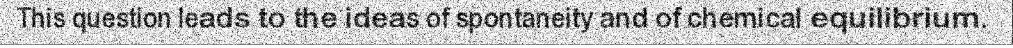
This question leads to the ideas of spontaneity and of chemical equilibrium.